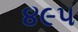
૪૯૫